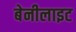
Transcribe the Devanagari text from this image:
बेनीलाइट